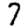
Digit: 7